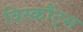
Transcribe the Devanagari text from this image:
विस्कौंट्स